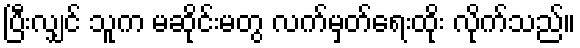
ပြီးလျှင် သူက မဆိုင်းမတွ လက်မှတ်ရေးထိုး လိုက်သည်။